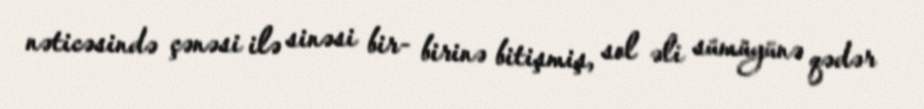
nəticəsində çənəsi ilə sinəsi bir- birinə bitişmiş, sol əli sümüyünə qədər